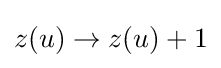
z(u)\to z(u)+1